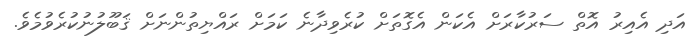
އަދި އެއިރު އޮތް ސަރުކާރަށް އެކަން އެގޮތަށް ކުރެވިދާނެ ކަމަށް ރައްޔިތުންނަށް ޤަބޫލުނުކުރެވުމެވެ.